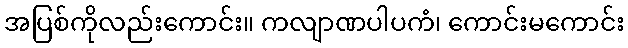
အပြစ်ကိုလည်းကောင်း။ ကလျာဏပါပကံ၊ ကောင်းမကောင်း